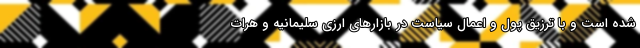
شده است و با ترزیق پول و اعمال سیاست در بازارهای ارزی سلیمانیه و هرات